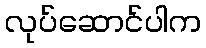
လုပ်ဆောင်ပါက